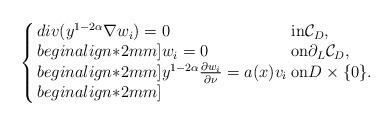
LaTeX: \begin{align*}\left\{ \arraycolsep=1.5pt\begin{array}{lll}div(y^{1-2\alpha}\nabla w_i)= 0 \;\; &{\rm in} \mathcal{C}_D, \\begin{align*}2mm] w_i=0 & {\rm on}\partial_L\mathcal{C}_D, \\begin{align*}2mm] y^{1-2\alpha}\frac{\partial w_i}{\partial \nu}=a(x)v_i & {\rm on}D\times\{0\}.\\begin{align*}2mm] \end{array} \right. \end{align*}